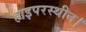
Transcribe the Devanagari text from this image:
हाइपरस्थीन।